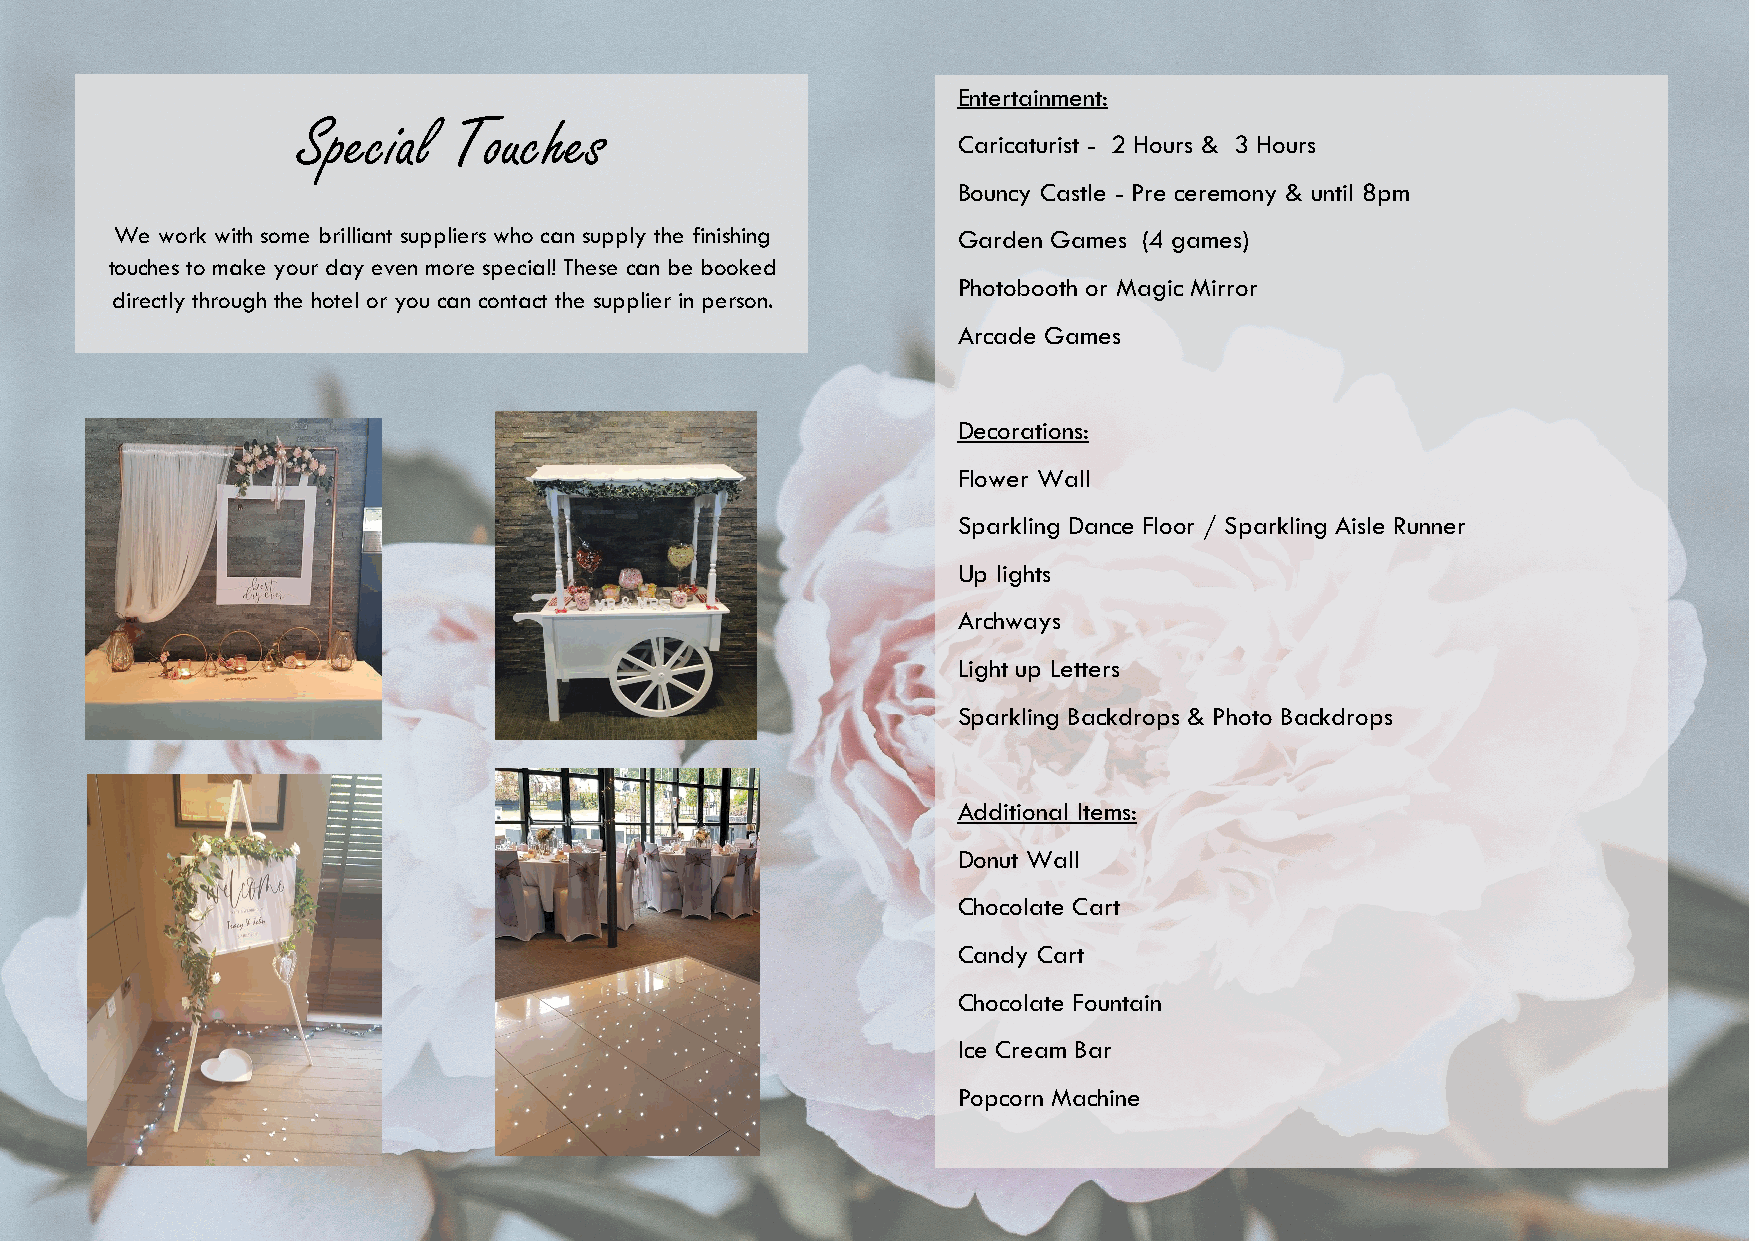
Entertainment:
 Special   Touches
 Caricaturist - 2 Hours & 3 Hours
 Bouncy Castle - Pre ceremony & until 8pm
 We work with some brilliant suppliers who can supply the finishing Garden Games (4 games)
 touches to make your day even more special! These can be booked
 Photobooth or Magic Mirror
 directly through the hotel or you can contact the supplier in person.
 Arcade Games
 Decorations:
 Flower Wall
 Sparkling Dance Floor / Sparkling Aisle Runner
 Up lights
 Archways
 Light up Letters
 Sparkling Backdrops & Photo Backdrops
 Additional Items:
 Donut Wall
 Chocolate Cart
 Candy Cart
 Chocolate Fountain
 Ice Cream Bar
 Popcorn Machine